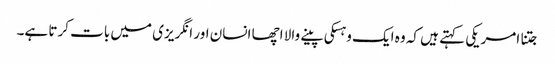
جتنا امریکی کہتے ہیں کہ وہ ایک وہسکی پینے والا اچھا انسان اور انگریزی میں بات کرتا ہے۔